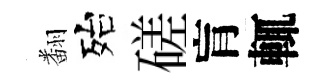
翻殆磋肓輒